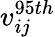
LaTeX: v_{ij}^{95th}